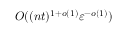
O ( ( n t ) ^ { 1 + o ( 1 ) } \varepsilon ^ { - o ( 1 ) } )